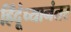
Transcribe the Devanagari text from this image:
हिंदूंच्यानंतर